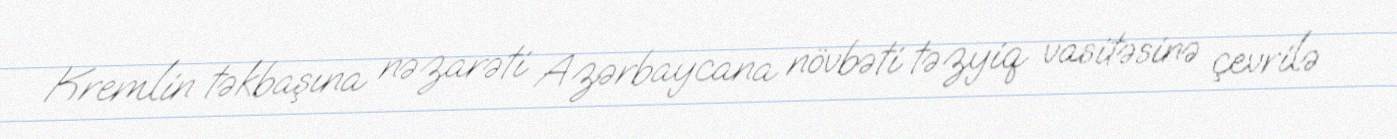
Kremlin təkbaşına nəzarəti Azərbaycana növbəti təzyiq vasitəsinə çevrilə